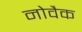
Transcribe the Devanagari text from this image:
नोवैक